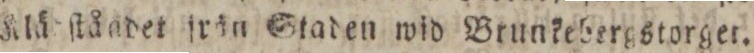
Klägſtåndet frän Stoden wid Brunkebergstorget.